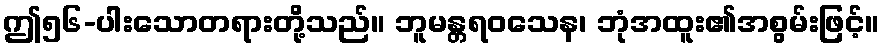
ဤ၅၆-ပါးသောတရားတို့သည်။ ဘူမန္တရဝသေန၊ ဘုံအထူး၏အစွမ်းဖြင့်။